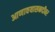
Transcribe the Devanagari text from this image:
आणावयासनदीवर